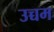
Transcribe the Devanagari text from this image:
उच्चम